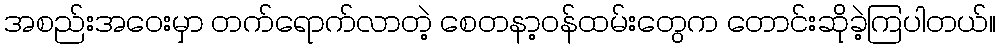
အစည်းအဝေးမှာ တက်ရောက်လာတဲ့ စေတနာ့ဝန်ထမ်းတွေက တောင်းဆိုခဲ့ကြပါတယ်။